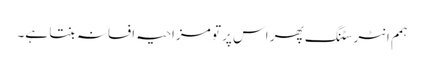
ہمم انٹرسٹنگ پھر اس پر تو مزاحیہ افسانہ بنتا ہے۔